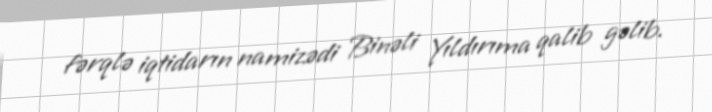
fərqlə iqtidarın namizədi Binəli Yıldırıma qalib gəlib.